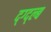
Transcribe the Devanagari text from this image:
द्ग्द्ल्ब